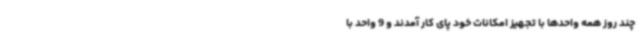
چند روز همه واحدها با تجهیز امکانات خود پای کار آمدند و 9 واحد با